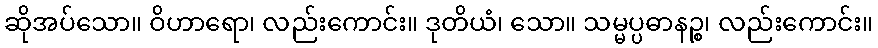
ဆိုအပ်သော။ ဝိဟာရော၊ လည်းကောင်း။ ဒုတိယံ၊ သော။ သမ္မပ္ပဓာနဉ္စ၊ လည်းကောင်း။